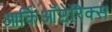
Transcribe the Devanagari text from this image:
आर्किऑप्टेरिक्स